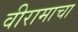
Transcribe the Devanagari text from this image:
वीरामाचा